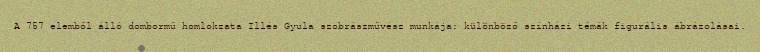
A 757 elemből álló dombormű homlokzata Illés Gyula szobrászművész munkája: különböző színházi témák figurális ábrázolásai.